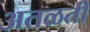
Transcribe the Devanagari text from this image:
अतळती